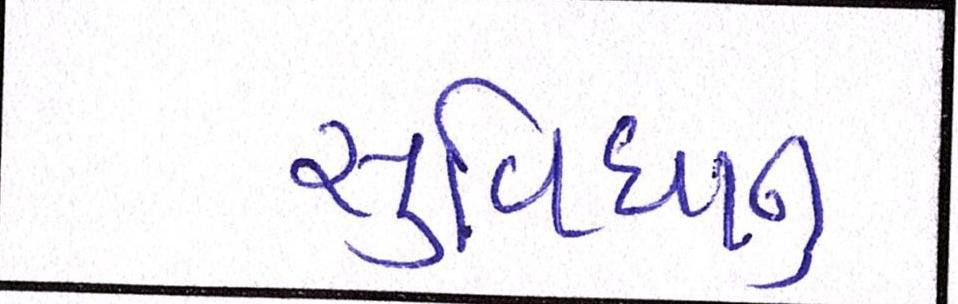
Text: સુવિધાનુ